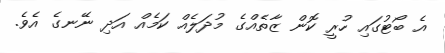
އެ ބޯޓުގައި ހުރީ ކޮން ޒާތެއްގެ މުދަލެއް ކަމެއް އަދި ނޭނގެ އެވެ.